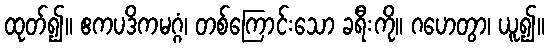
ထုတ်၍။ ဧကပဒိကမဂ္ဂံ၊ တစ်ကြောင်းသော ခရီးကို။ ဂဟေတွာ၊ ယူ၍။